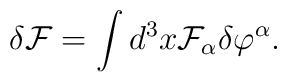
\delta {\cal F}=\int d^3x{\cal F}_\alpha \delta \varphi ^\alpha .